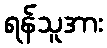
ရန်သူအား